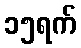
၁၅ရက်